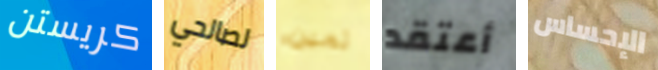
كريستن لصالحي ثمين أعتقد الإحساس